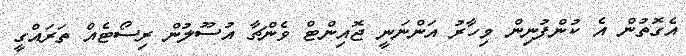
އެގޮތުން އެ ކުންފުނިން މިހާރު އަންނަނީ ޖޮއިންޓް ވެންޗާ އުސޫލުން ރިސޯޓެއް ތަރައްގީ